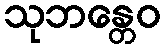
သုဘန္တေဝ